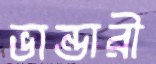
ভান্ডারী